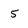
Character: 5